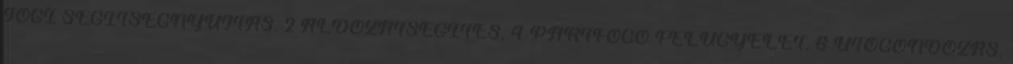
JOGI SEGÍTSÉGNYÚJTÁS. 2 ÁLDOZATSEGÍTÉS. 4 PÁRTFOGÓ FELÜGYELET. 6 UTÓGONDOZÁS.